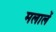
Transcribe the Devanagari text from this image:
मलालें